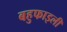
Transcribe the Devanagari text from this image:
बहुफाइली